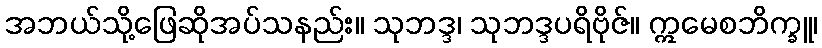
အဘယ်သို့ဖြေဆိုအပ်သနည်း။ သုဘဒ္ဒ၊ သုဘဒ္ဒပရိဗိုဇ်။ ဣမေစဘိက္ခူ၊